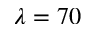
\lambda = 7 0